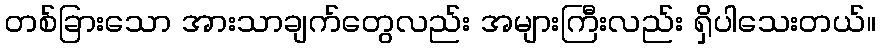
တစ်ခြားသော အားသာချက်တွေလည်း အများကြီးလည်း ရှိပါသေးတယ်။